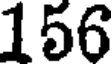
156